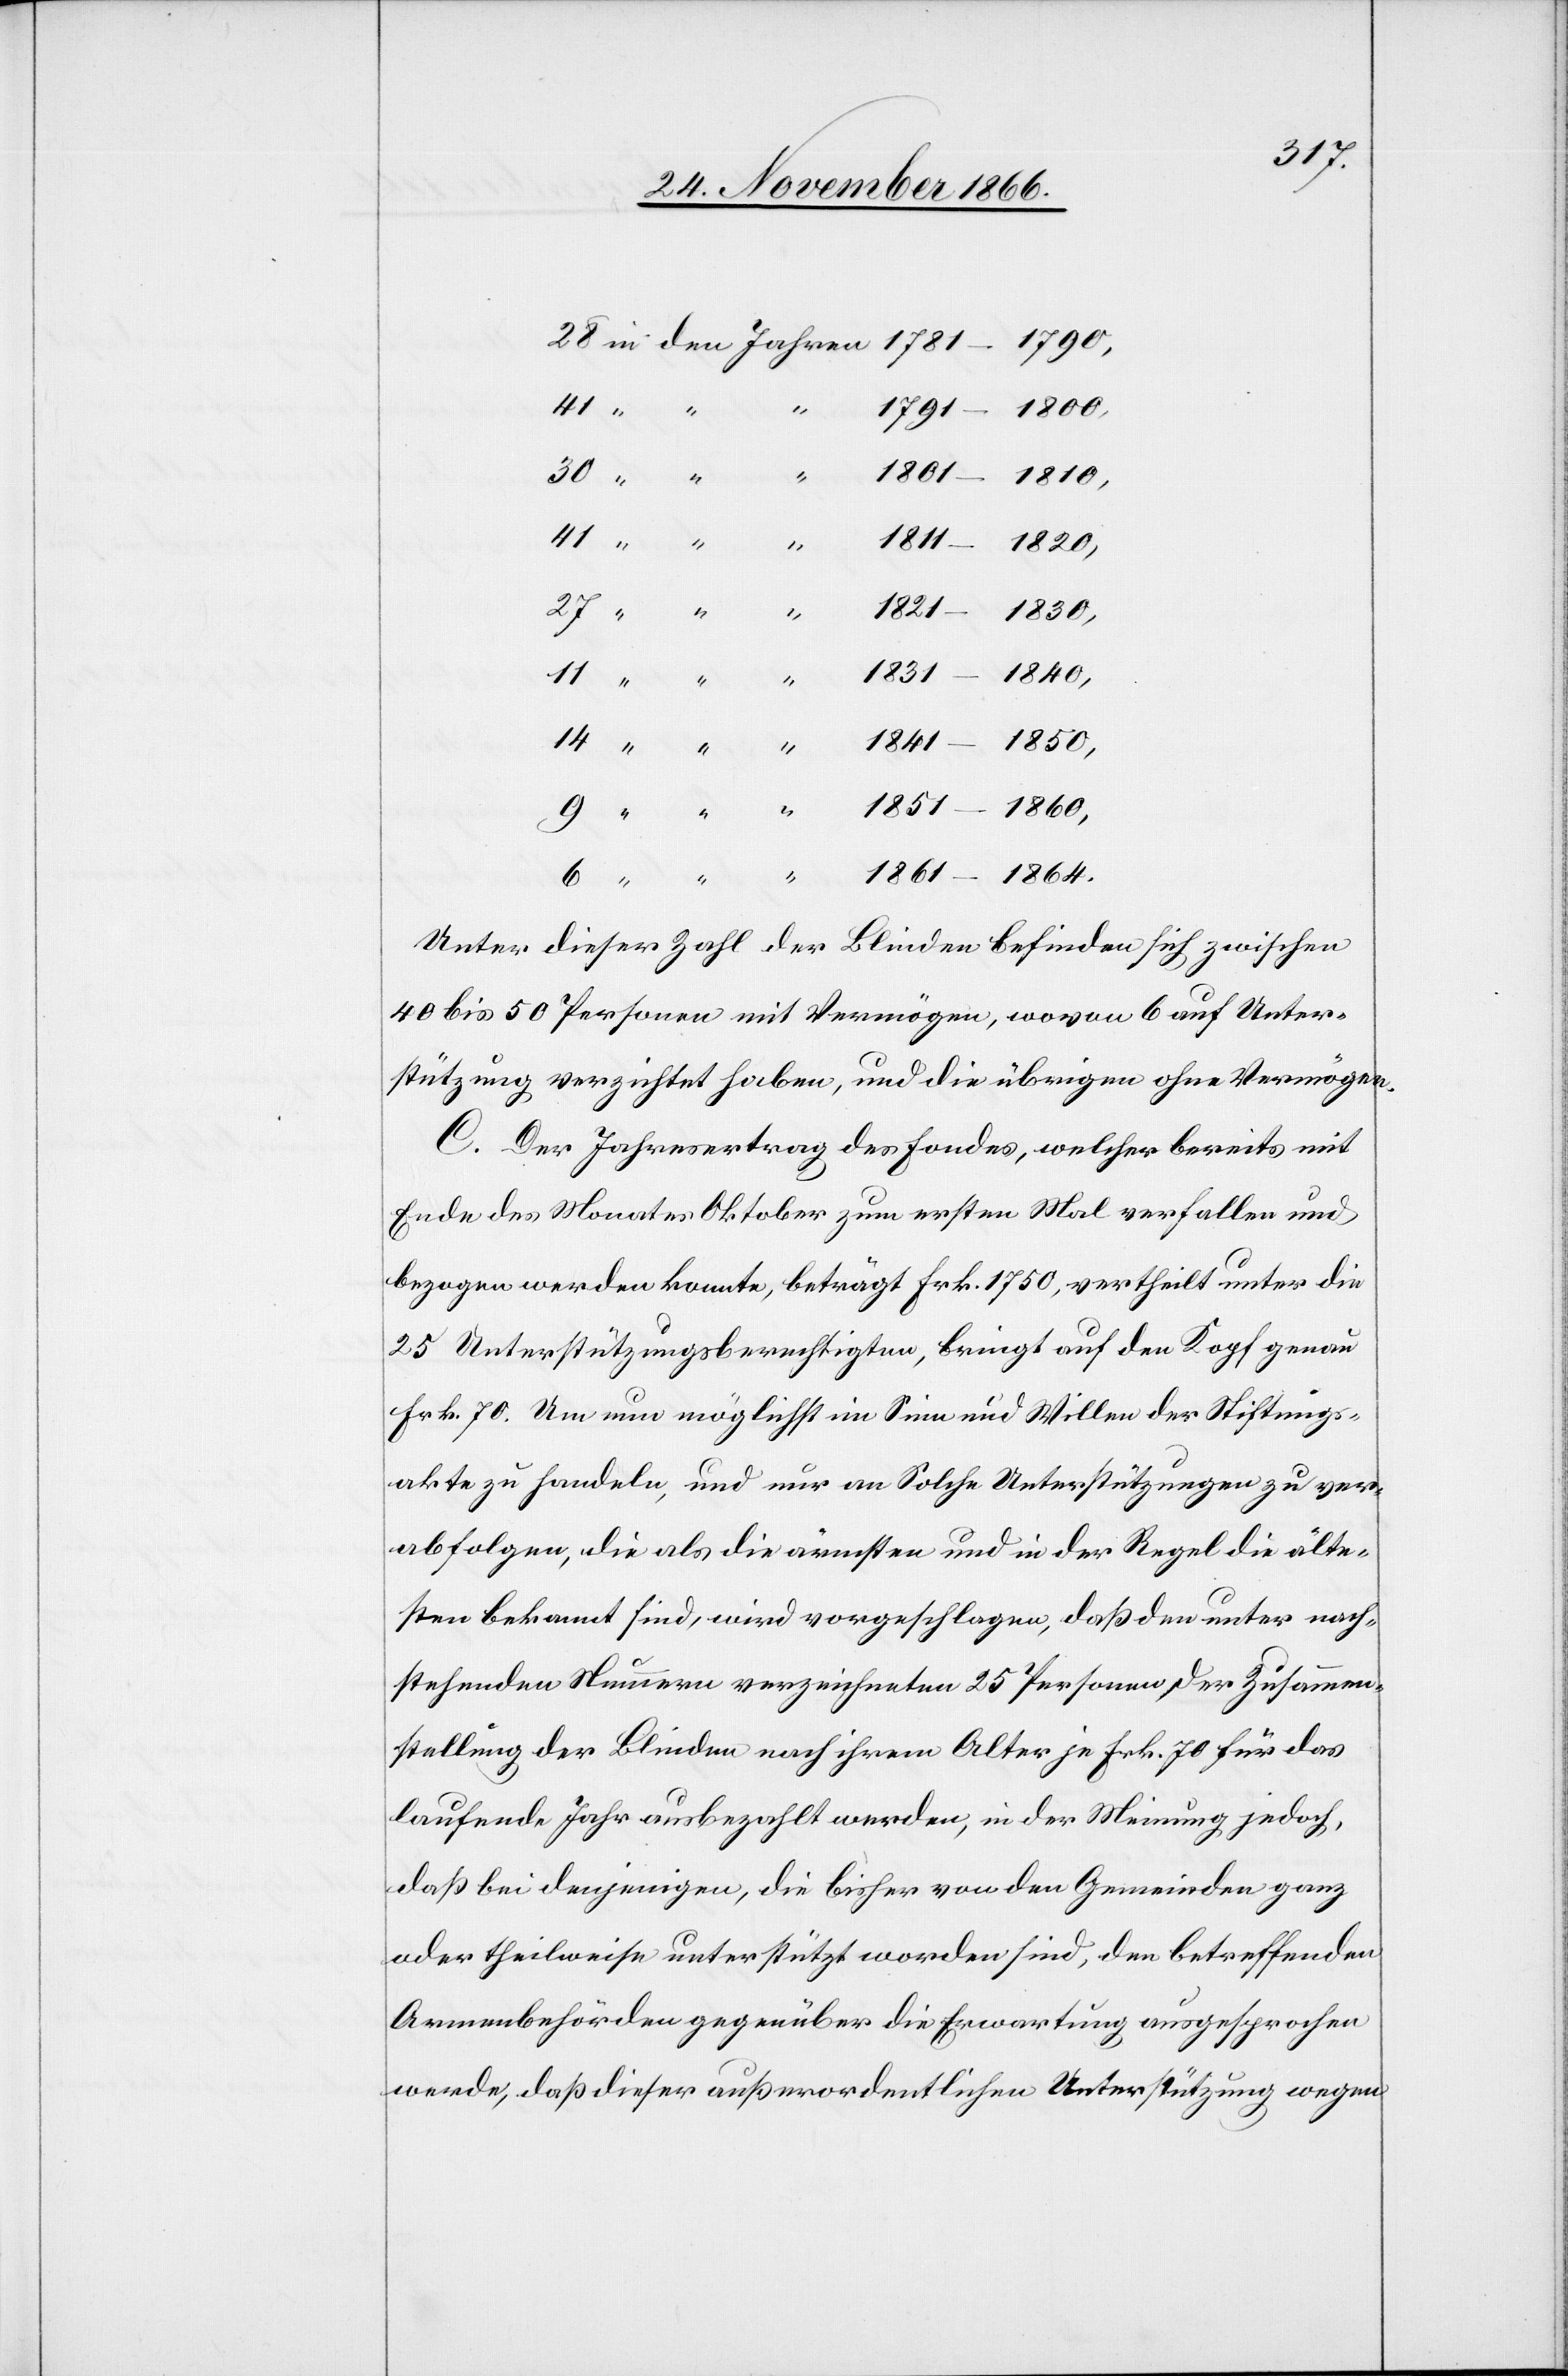
30
41
1791–1800
Jahren]
1831–1840
14
Unter dieser Zahl der Blinden befinden sich zwischen
40 bis 50 Personen mit Vermögen, wovon 6 auf Unter¬
stützung verzichtet haben, und die übrigen ohne Vermögen.
C. Der Jahresertrag des Fondes, welcher bereits mit
Ende des Monates Oktober zum ersten Mal verfallen und
bezogen werden konnte, beträgt Frk. 1750, vertheilt unter die
25 Unterstützungsberechtigten, bringt auf den Kopf genau
Frk. 70. Um nun möglichst im Sinn und Willen der Stiftungs¬
akte zu handeln, und nur an Solche Unterstützungen zu ver¬
abfolgen, die als die ärmsten und in der Regel die älte¬
sten bekannt sind, wird vorgeschlagen, daß den unter nach¬
stehenden Nummern verzeichneten 25 Personen der Zusammen¬
stellung der Blinden nach ihrem Alter je Frk. 70 für das
laufende Jahr ausbezahlt werden, in der Meinung jedoch,
daß bei denjenigen, die bisher von den Gemeinden ganz
oder theilweise unterstützt worden sind, den betreffenden
Armenbehörden gegenüber die Erwartung ausgesprochen
werde, daß dieser außerordentlichen Unterstützung wegen